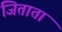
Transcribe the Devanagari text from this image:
जिताता